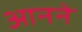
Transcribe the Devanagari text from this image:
आनने